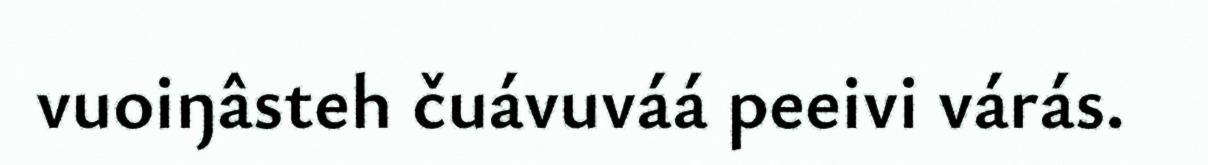
vuoiŋâsteh čuávuváá peeivi várás.